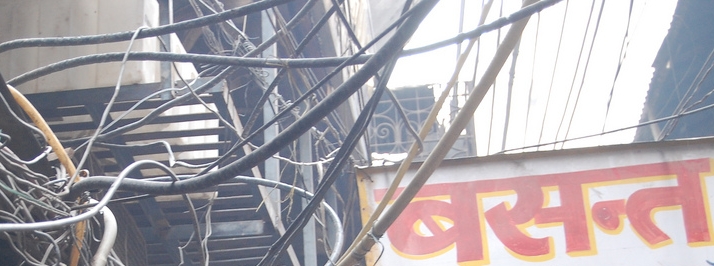
Language: hindi
Transcription: बसन्त